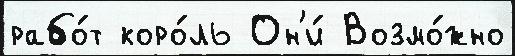
рабо́т коро́ль Он'и́ Возмо́жно